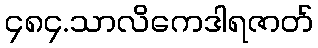
၄၈၄.သာလိကေဒါရဇာတ်